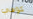
كوفي